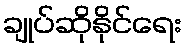
ချုပ်ဆိုနိုင်ရေး